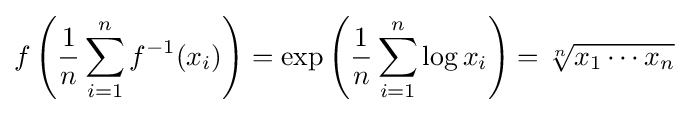
f\left({\frac {1}{n}}\sum _{i=1}^{n}f^{-1}(x_{i})\right)=\exp \left({\frac {1}{n}}\sum _{i=1}^{n}\log x_{i}\right)={\sqrt[{n}]{x_{1}\cdots x_{n}}}